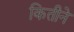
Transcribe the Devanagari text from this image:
कितीने